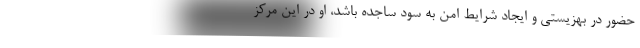
حضور در بهزیستی و ایجاد شرایط امن به سود ساجده باشد، او در این مرکز